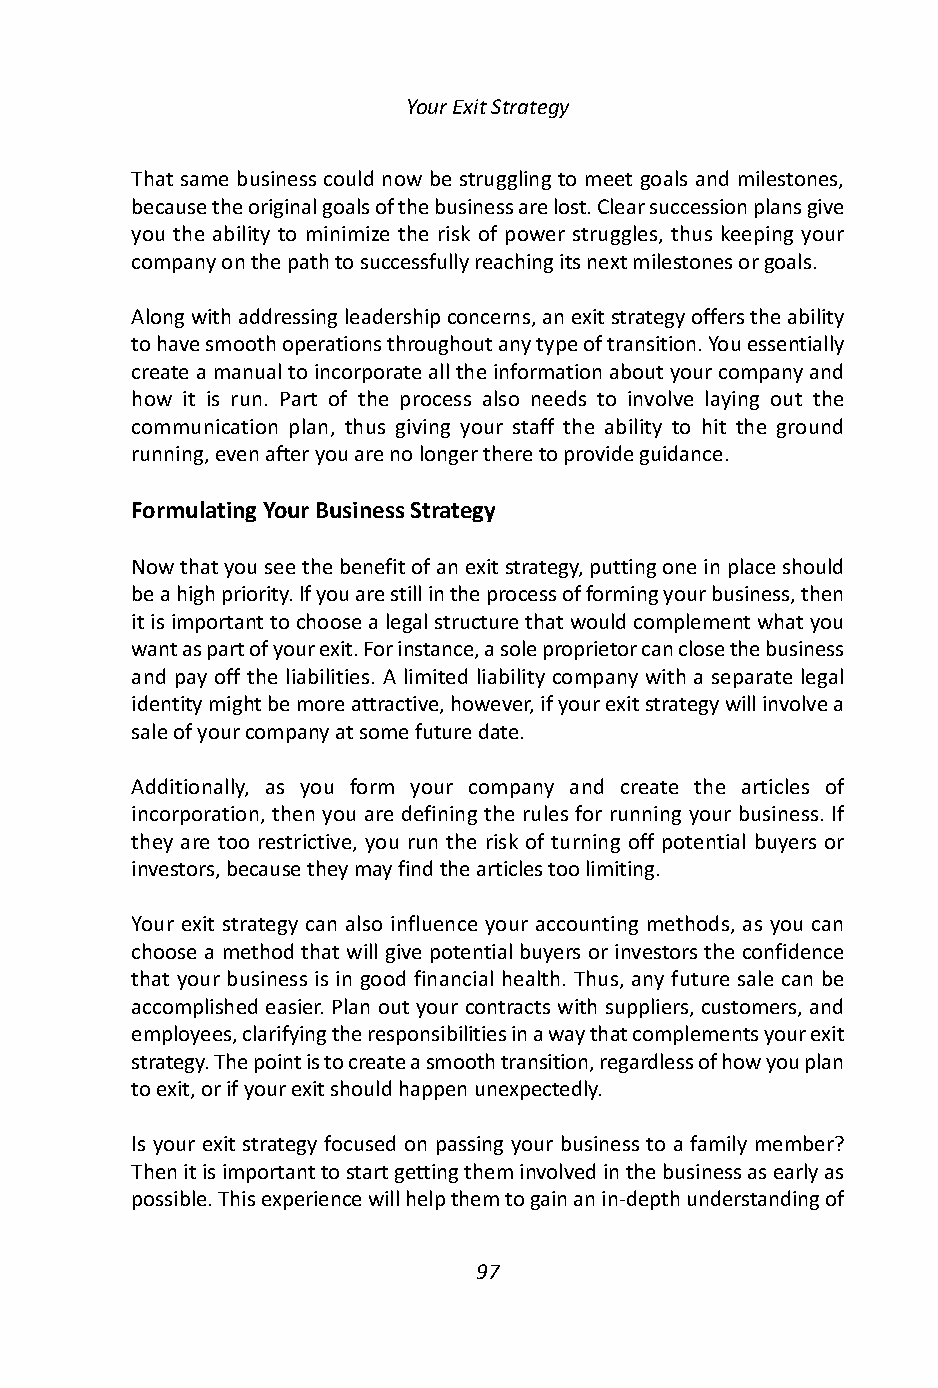
Your Exit Strategy
 That same business could now be struggling to meet goals and milestones,
 because the original goals of the business are lost. Clear succession plans give
 you the ability to minimize the risk of power struggles, thus keeping your
 company on the path to successfully reaching its next milestones or goals.
 Along with addressing leadership concerns, an exit strategy offers the ability
 to have smooth operations throughout any type of transition. You essentially
 create a manual to incorporate all the information about your company and
 how it is run. Part of the process also needs to involve laying out the
 communication plan, thus giving your staff the ability to hit the ground
 running, even after you are no longer there to provide guidance.
 Formulating Your Business Strategy
 Now that you see the benefit of an exit strategy, putting one in place should
 be a high priority. If you are still in the process of forming your business, then
 it is important to choose a legal structure that would complement what you
 want as part of your exit. For instance, a sole proprietor can close the business
 and pay off the liabilities. A limited liability company with a separate legal
 identity might be more attractive, however, if your exit strategy will involve a
 sale of your company at some future date.
 Additionally, as you form your company and create the articles of
 incorporation, then you are defining the rules for running your business. If
 they are too restrictive, you run the risk of turning off potential buyers or
 investors, because they may find the articles too limiting.
 Your exit strategy can also influence your accounting methods, as you can
 choose a method that will give potential buyers or investors the confidence
 that your business is in good financial health. Thus, any future sale can be
 accomplished easier. Plan out your contracts with suppliers, customers, and
 employees, clarifying the responsibilities in a way that complements your exit
 strategy. The point is to create a smooth transition, regardless of how you plan
 to exit, or if your exit should happen unexpectedly.
 Is your exit strategy focused on passing your business to a family member?
 Then it is important to start getting them involved in the business as early as
 possible. This experience will help them to gain an in-depth understanding of
 97